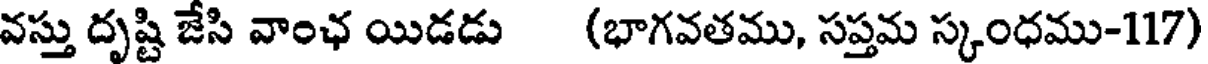
వస్తు దృష్టి జేసి వాంఛ యిడడు (భాగవతము, సప్తమ స్కంధము-117)